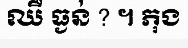
ឈឺ ធ្ងន់ ? ។ ភុង